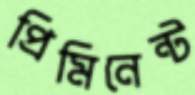
প্রিমিনেন্ট